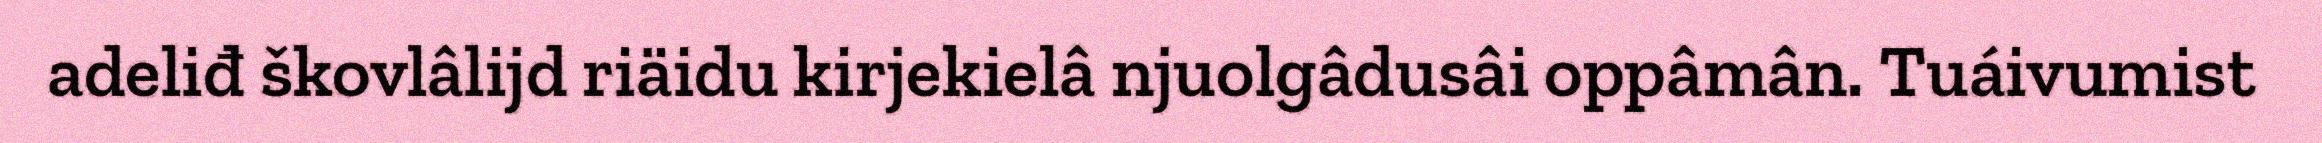
adeliđ škovlâlijd riäidu kirjekielâ njuolgâdusâi oppâmân. Tuáivumist